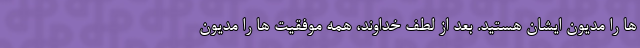
ها را مدیون ایشان هستید. بعد از لطف خداوند، همه موفقیت ها را مدیون